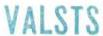
VALSTS